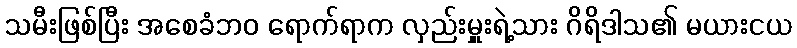
သမီးဖြစ်ပြီး အစေခံဘဝ ရောက်ရာက လှည်းမှူးရဲ့သား ဂိရိဒါသ၏ မယားငယ